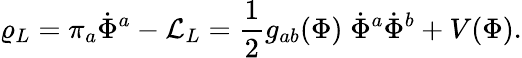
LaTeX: \varrho_{L}=\pi_{a}\dot{\Phi}^{a}-{\cal L}_{L}={\frac{1}{2}}g_{ab}(\Phi)\; \dot{\Phi}^{a}\dot{\Phi}^{b}+V(\Phi).